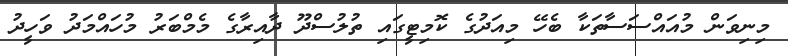
މިނިވަން މުއައްސަސާތަކާ ބެހޭ މިއަދުގެ ކޮމިޓީގައި ތުލުސްދޫ ދާއިރާގެ މެމްބަރު މުހައްމަދު ވަހީދު